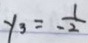
y _ { 3 } = - \frac { 1 } { 2 }